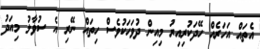
އެތައް އަހަރެއް ހޭދަކުރިއިރު މިއިން ދުވަހަކުވެސް ހިތައް ނޭރި އެ ސުވާލު މިއަދު